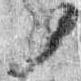
ソ